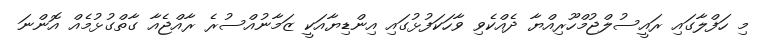
މި ހަފްލާގައި ރައީސުލްޖުމްހޫރިއްޔާ ދެއްކެވި ވާހަކަފުޅުގައި އިންޑިޔާއަކީ ޒަމާނުއްސުރެ ރާއްޖެއާ ގާތްގުޅުމެއް އޮންނަ